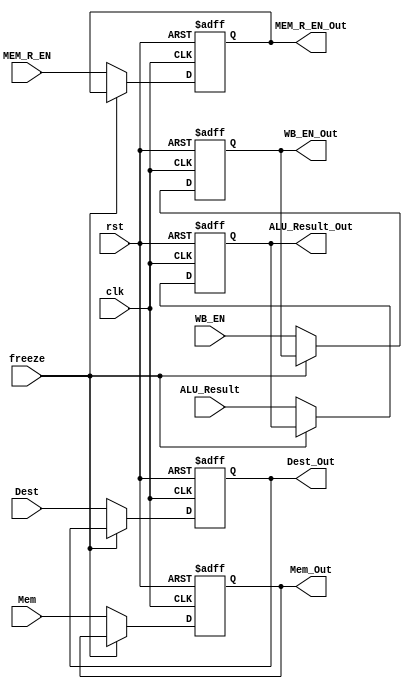
module mem_stage_reg (clk, rst,ALU_Result,MEM_R_EN,Dest,WB_EN,Mem,
		      Dest_Out,ALU_Result_Out,MEM_R_EN_Out,WB_EN_Out,Mem_Out,freeze);

input clk,rst,MEM_R_EN,WB_EN,freeze;
input [3:0]  Dest;
input [31:0] ALU_Result,Mem;
        
output reg MEM_R_EN_Out,WB_EN_Out;
output reg [3:0]  Dest_Out;
output reg [31:0] Mem_Out,ALU_Result_Out;

always @(posedge clk, posedge rst) 
begin
if (rst) 
{Dest_Out,ALU_Result_Out,MEM_R_EN_Out,WB_EN_Out,Mem_Out} <= 70'b0;
else if(~freeze)
{Dest_Out,ALU_Result_Out,MEM_R_EN_Out,WB_EN_Out,Mem_Out}  <= {Dest,ALU_Result,MEM_R_EN,WB_EN,Mem};
end

endmodule